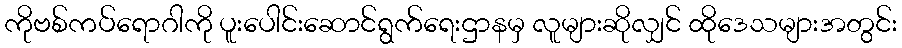
ကိုဗစ်ကပ်ရောဂါကို ပူးပေါင်းဆောင်ရွက်ရေးဌာနမှ လူများဆိုလျှင် ထိုဒေသများအတွင်း